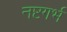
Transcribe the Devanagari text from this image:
नष्टगर्भ